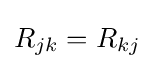
R_{jk}=R_{kj}